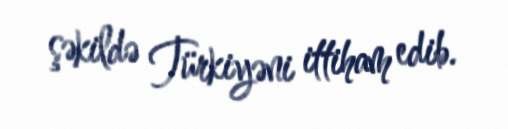
şəkildə Türkiyəni ittiham edib.